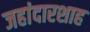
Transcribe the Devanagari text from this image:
जहांदारशाह